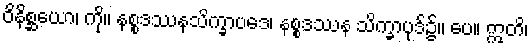
ဝိနိစ္ဆယော၊ ကို။ နစ္စဒဿနသိက္ခာပဒေ၊ နစ္စဒဿန သိက္ခာပုဒ်၌။ ပေ။ ဣတိ၊